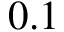
0 . 1